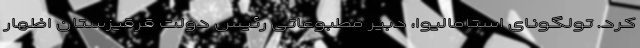
کرد. تولگونای استامالیوا، دبیر مطبوعاتی رئیس دولت قرقیزستان اظهار